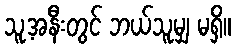
သူ့အနီးတွင် ဘယ်သူမျှ မရှိ။